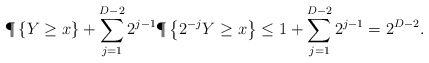
\begin{align*} \P\left\{ Y \geq x \right\} + \sum_{j=1}^{D-2} 2^{j-1}\P\left\{ 2^{-j} Y \geq x\right\} &\leq 1 + \sum_{j=1}^{D-2} 2^{j-1} = 2^{D-2}.\end{align*}